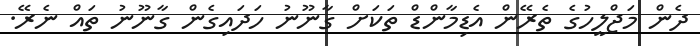
ދެން މަޖްލީހުގެ ތެރޭން އެޑިމާންޑް ތަކަށް ގާނޫނު ހަދައިގެން ގާނޫނު ތައް ނެރޭ.